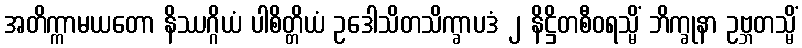
အတိက္ကာမယတော နိဿဂ္ဂိယံ ပါစိတ္တိယံ ဥဒေါသိတသိက္ခာပဒံ ၂ နိဋ္ဌိတစီဝရသ္မိံ ဘိက္ခုနာ ဥဗ္ဘတသ္မိံ